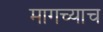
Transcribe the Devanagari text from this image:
मागच्याच